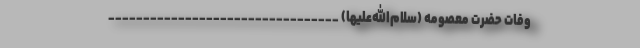
وفات حضرت معصومه (سلام‌الله‌علیها) _________________________________